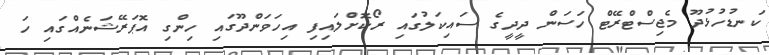
ކަނޑުހުޅުދޫ މެޖިސްޓްރޭޓް ހަސަން ދީދީގެ ސައިކަލުގައި ރޯކޮށްލައިފި އިހަވަންދޫގައި ހިންގި އޮޕަރޭޝަނެއްގައި ހަ